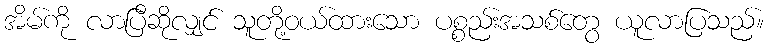
အိမ်ကို လာပြီဆိုလျှင် သူတို့ဝယ်ထားသော ပစ္စည်းအသစ်တွေ ယူလာပြသည်။